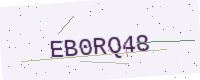
Text: EB0RQ48